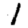
Digit: 1